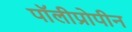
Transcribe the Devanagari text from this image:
पॉलीप्रोपीन